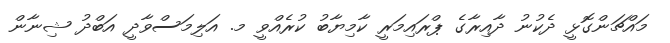
މައްޗަންގޮޅީ ދެކުނު ދާއިރާގެ ޕްރައިމަރީ ކާމިޔާބު ކުރެއްވީ މ. އަލިމަސްވާދީ އަބްދު ޝިނާން